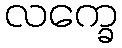
လက္ခေ